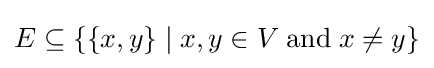
E\subseteq \{\{x,y\}\mid x,y\in V\;{\textrm {and}}\;x\neq y\}